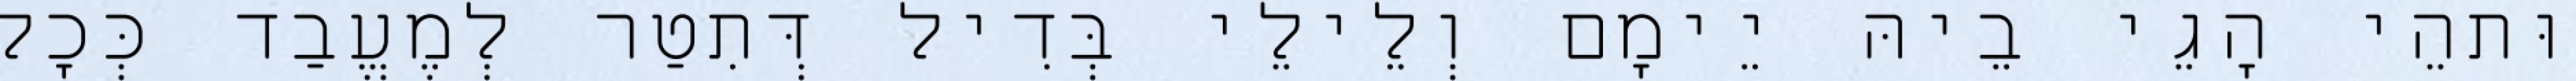
וּתהֵי הָגֵי בֵיהּ יֵימָם וְלֵילֵי בְּדִיל דְּתִטַר לְמֶעֱבַד כְּכָל